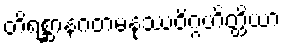
တိရစ္ဆာနဂတမနုဿဝိဂ္ဂဟိတ္ထိယာ